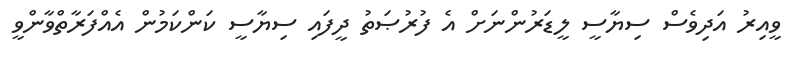
ވީއިރު އަދިވެސް ސިޔާސީ ލީޑަރުންނަށް އެ ފުރުޞަތު ދީފައި ސިޔާސީ ކަންކަމުން އެއްފަރާތްވާންވީ